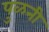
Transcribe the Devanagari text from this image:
पुळनी